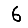
Digit: 6